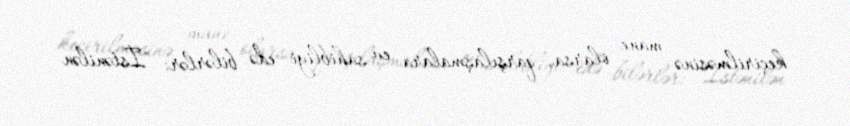
keçirilməsinə mane olarsa, qarşılaşmalara ev sahibliyi edə bilərlər: "İstənilən